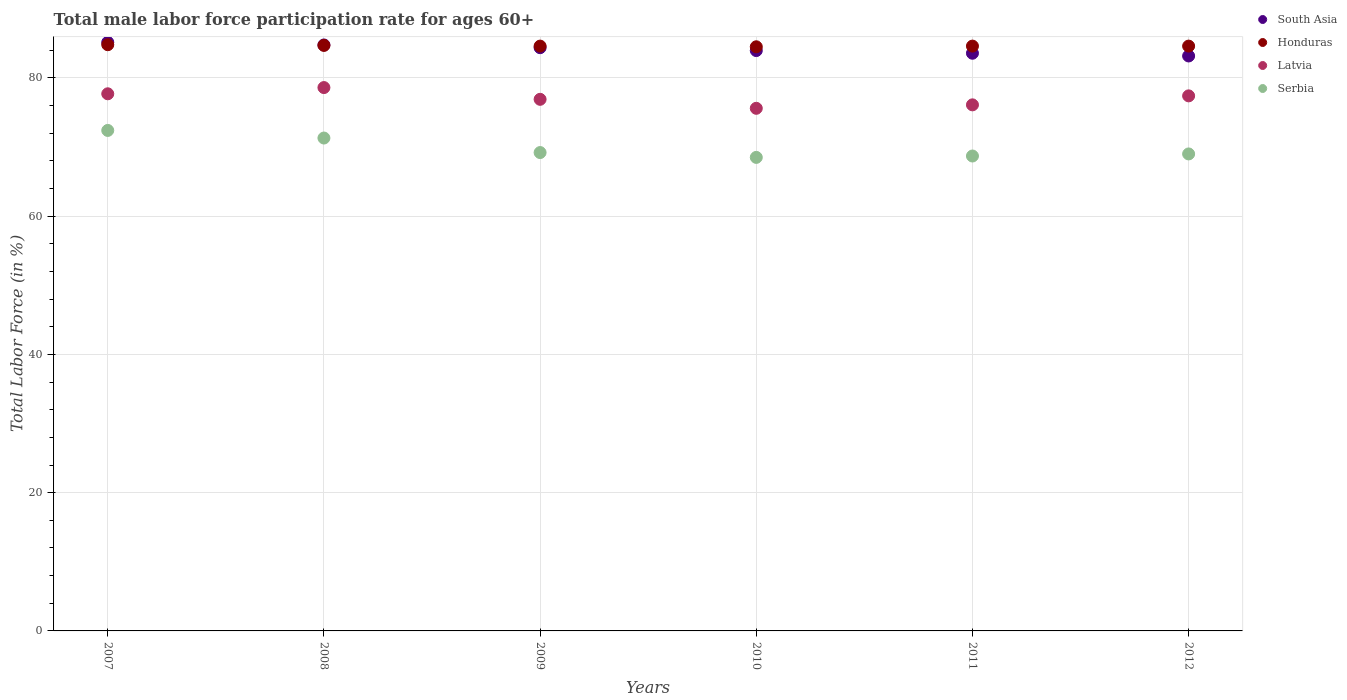
| Years | South Asia | Honduras | Latvia | Serbia |
 | --- | --- | --- | --- | --- |
 | 2007 | 85.1 | 84.8 | 77.7 | 72.4 |
 | 2008 | 84.8 | 84.7 | 78.6 | 71.3 |
 | 2009 | 84.4 | 84.6 | 76.9 | 69.2 |
 | 2010 | 84 | 84.5 | 75.6 | 68.5 |
 | 2011 | 83.6 | 84.6 | 76.1 | 68.7 |
 | 2012 | 83.2 | 84.6 | 77.4 | 69 |